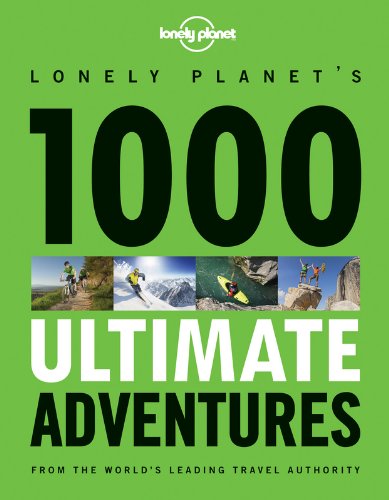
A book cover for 1000 Ultimate Adventures; Lonely Planet; Travel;